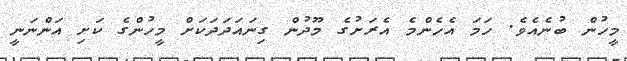
މީހުން ބުނެއެވެ. ހަމަ އެހެންމެ އެރަށުގެ މޫދުން ގިނައަދަދަކަށް މީހުންގެ ކަށި އަންނަނީ